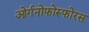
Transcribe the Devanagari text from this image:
ओर्गनोफोस्फोरस